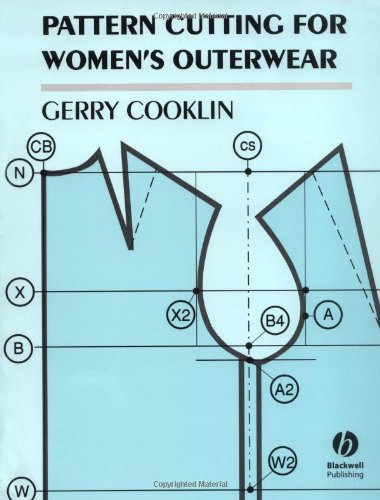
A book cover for Pattern Cutting for Women's Outerwear; Gerry Cooklin; Crafts, Hobbies & Home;